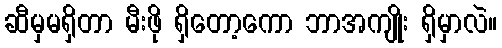
ဆီမှမရှိတာ မီးဖို ရှိတော့ကော ဘာအကျိုး ရှိမှာလဲ။